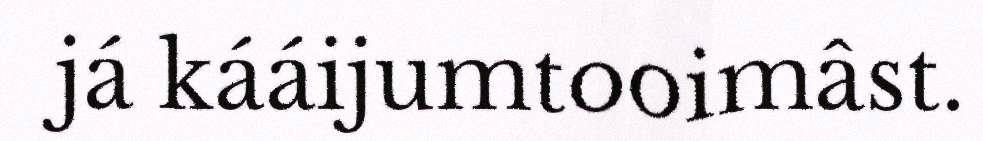
já kááijumtooimâst.